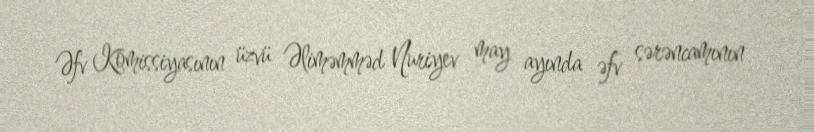
Əfv Komissiyasının üzvü Əliməmməd Nuriyev may ayında əfv sərəncamının